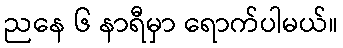
ညနေ ၆ နာရီမှာ ရောက်ပါမယ်။